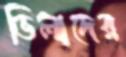
ভিলাদের